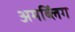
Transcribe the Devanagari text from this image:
अमब्लिंग